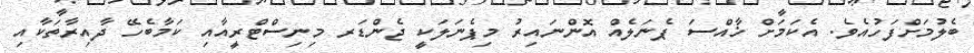
ބެލުމަށްފަހުއެވެ. އެކަމަށް ޚާއްސަ ޕެނަލެއް އޮންނައިރު މިޕެނަލަކީ ޖެންޑަރ މިނިސްޓްރީއާއި ކަމާބެހޭ ދާއިރާތަކާއި